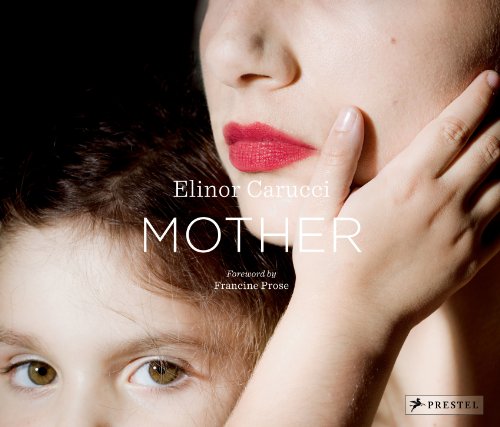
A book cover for Mother; Elinor Carucci; Arts & Photography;